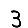
Digit: 3